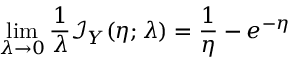
\operatorname* { l i m } _ { \lambda \to 0 } \frac { 1 } { \lambda } { \mathcal { I } _ { Y } ( \eta ; \lambda ) } = \frac { 1 } { \eta } - e ^ { - \eta }